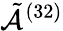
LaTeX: \tilde{\mathcal{A}}^{(32)}